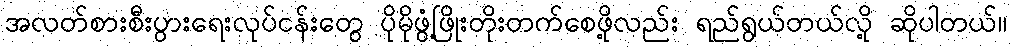
အလတ်စားစီးပွားရေးလုပ်ငန်းတွေ ပိုမိုဖွံ့ဖြိုးတိုးတက်စေဖို့လည်း ရည်ရွယ်တယ်လို့ ဆိုပါတယ်။